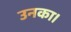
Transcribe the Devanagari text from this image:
उनका।